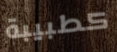
كطبيبة